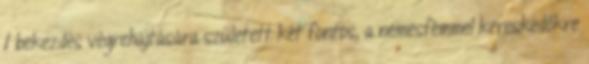
1 bekezdés végrehajtására született két fontos, a nemesfémmel kereskedőkre